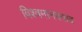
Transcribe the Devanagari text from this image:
विश्वमानववाद